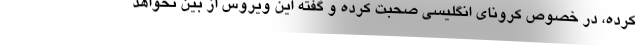
کرده، در خصوص کرونای انگلیسی صحبت کرده و گفته این ویروس از بین نخواهد